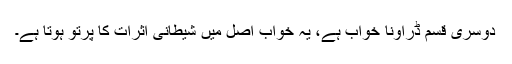
دوسری قسم ڈراؤنا خواب ہے، یہ خواب اصل میں شیطانی اثرات کا پرتو ہوتا ہے۔